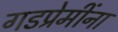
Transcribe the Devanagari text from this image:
गडप्रेमींना